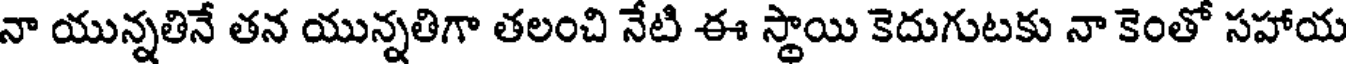
నా యున్నతినే తన యున్నతిగా తలంచి నేటి ఈ స్థాయి కెదుగుటకు నా కెంతో సహాయ